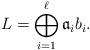
LaTeX: \begin{align*} L=\bigoplus_{i=1}^\ell \mathfrak a_i b_i.\end{align*}